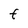
Character: f